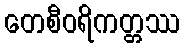
တေစီဝရိကတ္တဿ